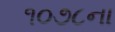
૧૦૭૮ના